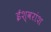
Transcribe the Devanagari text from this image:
ईश्वरांश